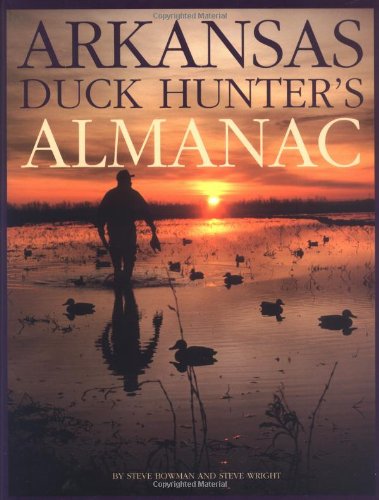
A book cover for Arkansas Duck Hunter's Almanac; Steve Wright; Reference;